Scottish Leaving Certificate Examination, 1958
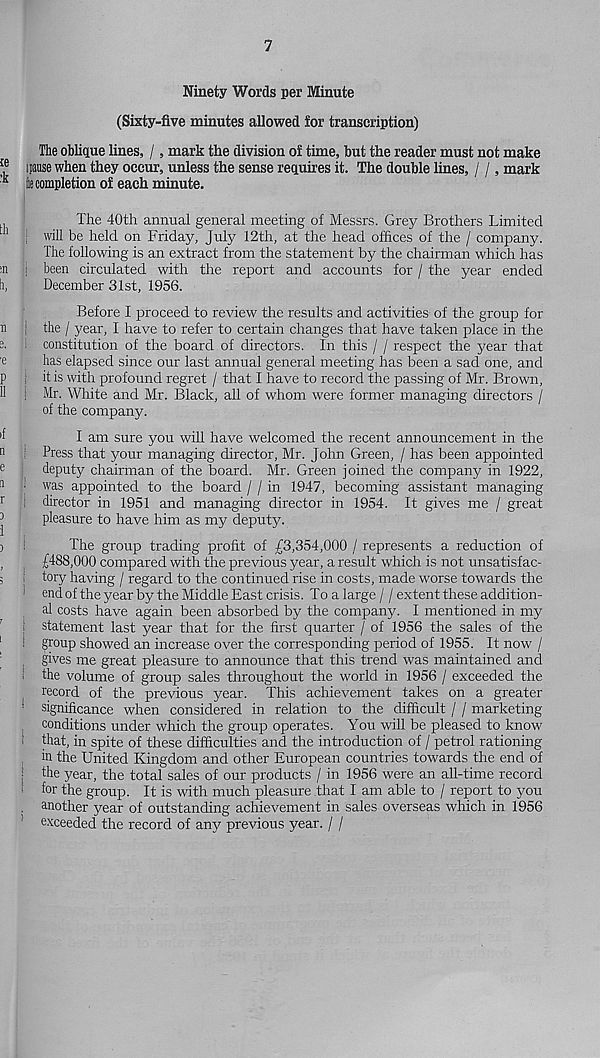
7
Ninety Words per Minute
(Sixty-five minutes allowed for transcription)
The oblique lines, /, mark the division of time, but the reader must not make
' .pause when they occur, unless the sense requires it. The double lines, / /, mark
ie completion of each minute.
The 40th annual general meeting of Messrs. Grey Brothers Limited
will be held on Friday, July 12th, at the head offices of the / company.
The following is an extract from the statement by the chairman which has
been circulated with the report and accounts for / the year ended
December 31st, 1956.
Before I proceed to review the results and activities of the group for
! the / year, I have to refer to certain changes that have taken place in the
i constitution of the board of directors. In this / / respect the year that
has elapsed since our last annual general meeting has been a sad one, and
it is with profound regret / that I have to record the passing of Mr. Brown,
Mr. White and Mr. Black, all of whom were former managing directors /
of the company.
I am sure you will have welcomed the recent announcement in the
Press that your managing director, Mr. John Green, / has been appointed
deputy chairman of the board. Mr. Green joined the company in 1922,
i was appointed to the board / / in 1947, becoming assistant managing
director in 1951 and managing director in 1954. It gives me / great
pleasure to have him as my deputy.
The group trading profit of £3,354,000 / represents a reduction of
£488,000 compared with the previous year, a result which is not unsatisfac-
i tory having / regard to the continued rise in costs, made worse towards the
1
end of the year by the Middle East crisis. To a large / / extent these addition-
al costs have again been absorbed by the company. I mentioned in my
statement last year that for the first quarter / of 1956 the sales of the
! group showed an increase over the corresponding period of 1955. It now /
gives me great pleasure to announce that this trend was maintained and
the volume of group sales throughout the world in 1956 / exceeded the
record of the previous year. This achievement takes on a greater
1
significance when considered in relation to the difficult / / marketing
conditions under which the group operates. You will be pleased to know
i that, in spite of these difficulties and the introduction of / petrol rationing
in the United Kingdom and other European countries towards the end of
| the year, the total sales of our products / in 1956 were an all-time record
for the group. It is with much pleasure that I am able to / report to you
. another year of outstanding achievement in sales overseas which in 1956
exceeded the record of any previous year. / /